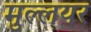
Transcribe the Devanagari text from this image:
मुल्लयर